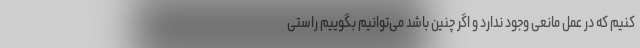
کنیم که در عمل مانعی وجود ندارد و اگر چنین باشد می‌توانیم بگوییم راستی